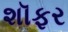
શૉફર